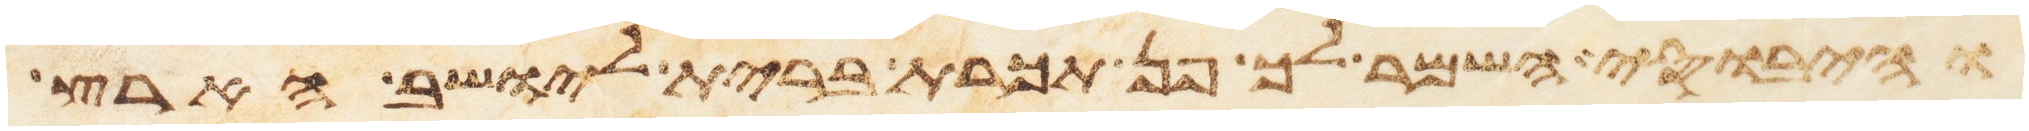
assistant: והיבוסי השמר לך פן תכרת ברית ליושב הארץ